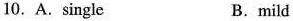
10. A.single B.mild